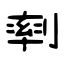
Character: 𠞩